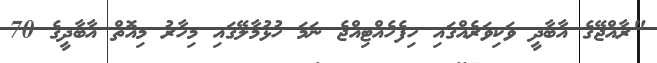
"ރާއްޖޭގެ އާބާދީ ވަކިވަރެއްގައި ހިފެހެއްޓިއްޖެ ނަމަ ހުޅުމާލޭގައި މިހާރު މިއޮތް އާބާދީގެ 70